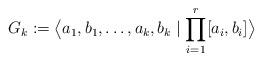
LaTeX: \begin{align*}G_k:=\bigl\langle a_1,b_1,\dots, a_k,b_k\mid\prod_{i=1}^r[a_i,b_i]\bigr\rangle\end{align*}